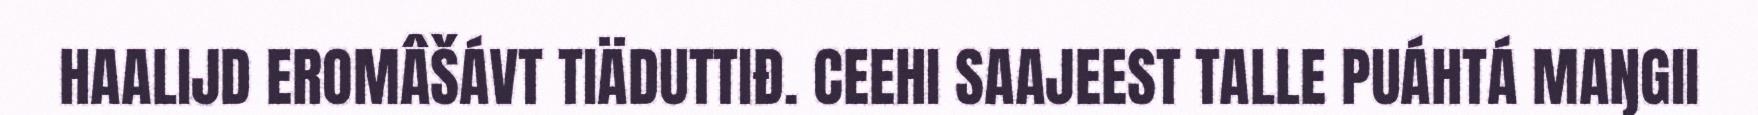
HAALIJD EROMÂŠÁVT TIÄDUTTIĐ. CEEHI SAAJEEST TALLE PUÁHTÁ MAŊGII